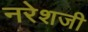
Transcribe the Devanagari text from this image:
नरेशजी